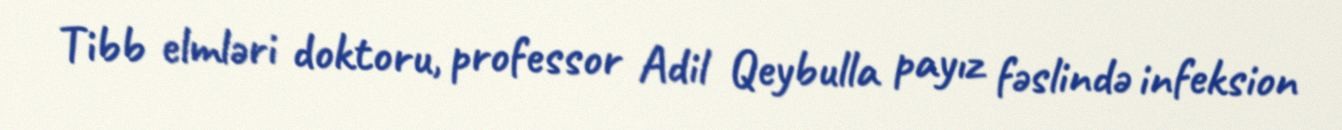
Tibb elmləri doktoru, professor Adil Qeybulla payız fəslində infeksion